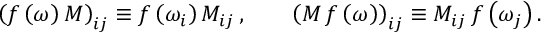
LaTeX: \left( f \left( \omega \right) M \right) _ { i j } \equiv f \left( \omega _ { i } \right) M _ { i j } \, , \qquad \left( M \, f \left( \omega \right) \right) _ { i j } \equiv M _ { i j } \, f \left( \omega _ { j } \right) .